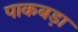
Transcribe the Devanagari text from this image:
पाकबड़ा